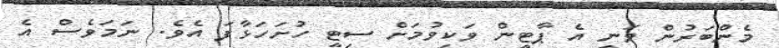
މެންބަރުން ވަނީ އެ ޕާޓީން ވަކިވުމަށް ސިޓީ ހުށަހަޅާފަ އެވެ. ނަމަވެސް އެ